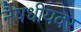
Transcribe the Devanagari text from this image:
नैषधीयवर